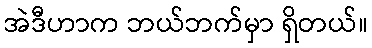
အဲဒီဟာက ဘယ်ဘက်မှာ ရှိတယ်။